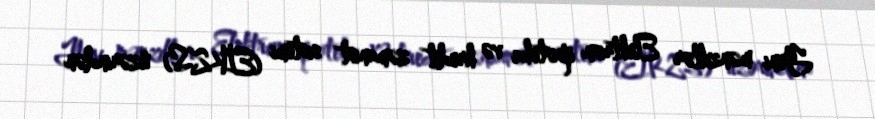
Yeni mənzillər Elektron ipoteka və kredit zəmanət sistemi (EİKZS) üzərindən